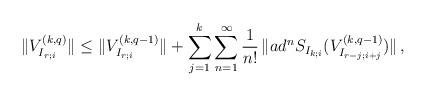
LaTeX: \begin{align*}\|V^{(k,q)}_{I_{r;i}}\|\leq \|V^{(k,q-1)}_{I_{r;i}}\|+\sum_{j=1}^{k}\sum_{n=1}^{\infty}\frac{1}{n!}\,\| ad^{n}S_{I_{k;i}}(V^{(k,q-1)}_{I_{r-j;i+j}})\|\,,\end{align*}